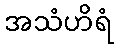
အသံဟိရံ